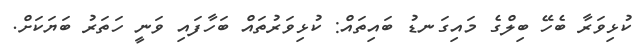
ކުޅިވަރާ ބެހޭ ބިލްގެ މައިގަނޑު ބައިތައް: ކުޅިވަރުތައް ބަހާފައި ވަނީ ހަތަރު ބަޔަކަށް.